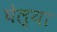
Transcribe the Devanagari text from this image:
घेल्या